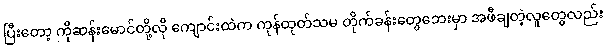
ပြီးတော့ ကိုဆန်းမောင်တို့လို ကျောင်းထဲက ကုန်ထုတ်သမ တိုက်ခန်းတွေဘေးမှာ အဖီချတဲ့လူတွေလည်း